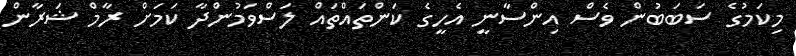
މިކަމުގެ ސަބަބުން ވެސް އިންސާނީ އެހީގެ ކަންތައްތައް ލަސްވަމުންދާ ކަމަށް ރާމް ޝަރާން